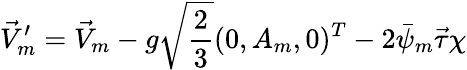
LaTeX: \vec{V}_{m}^{\prime}=\vec{V}_{m}-g\sqrt{\frac{2}{3}}(0,A_{m},0)^{T}-2\bar{\psi}_{m}\vec{\tau}\chi